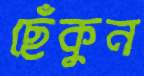
ছেঁকুন